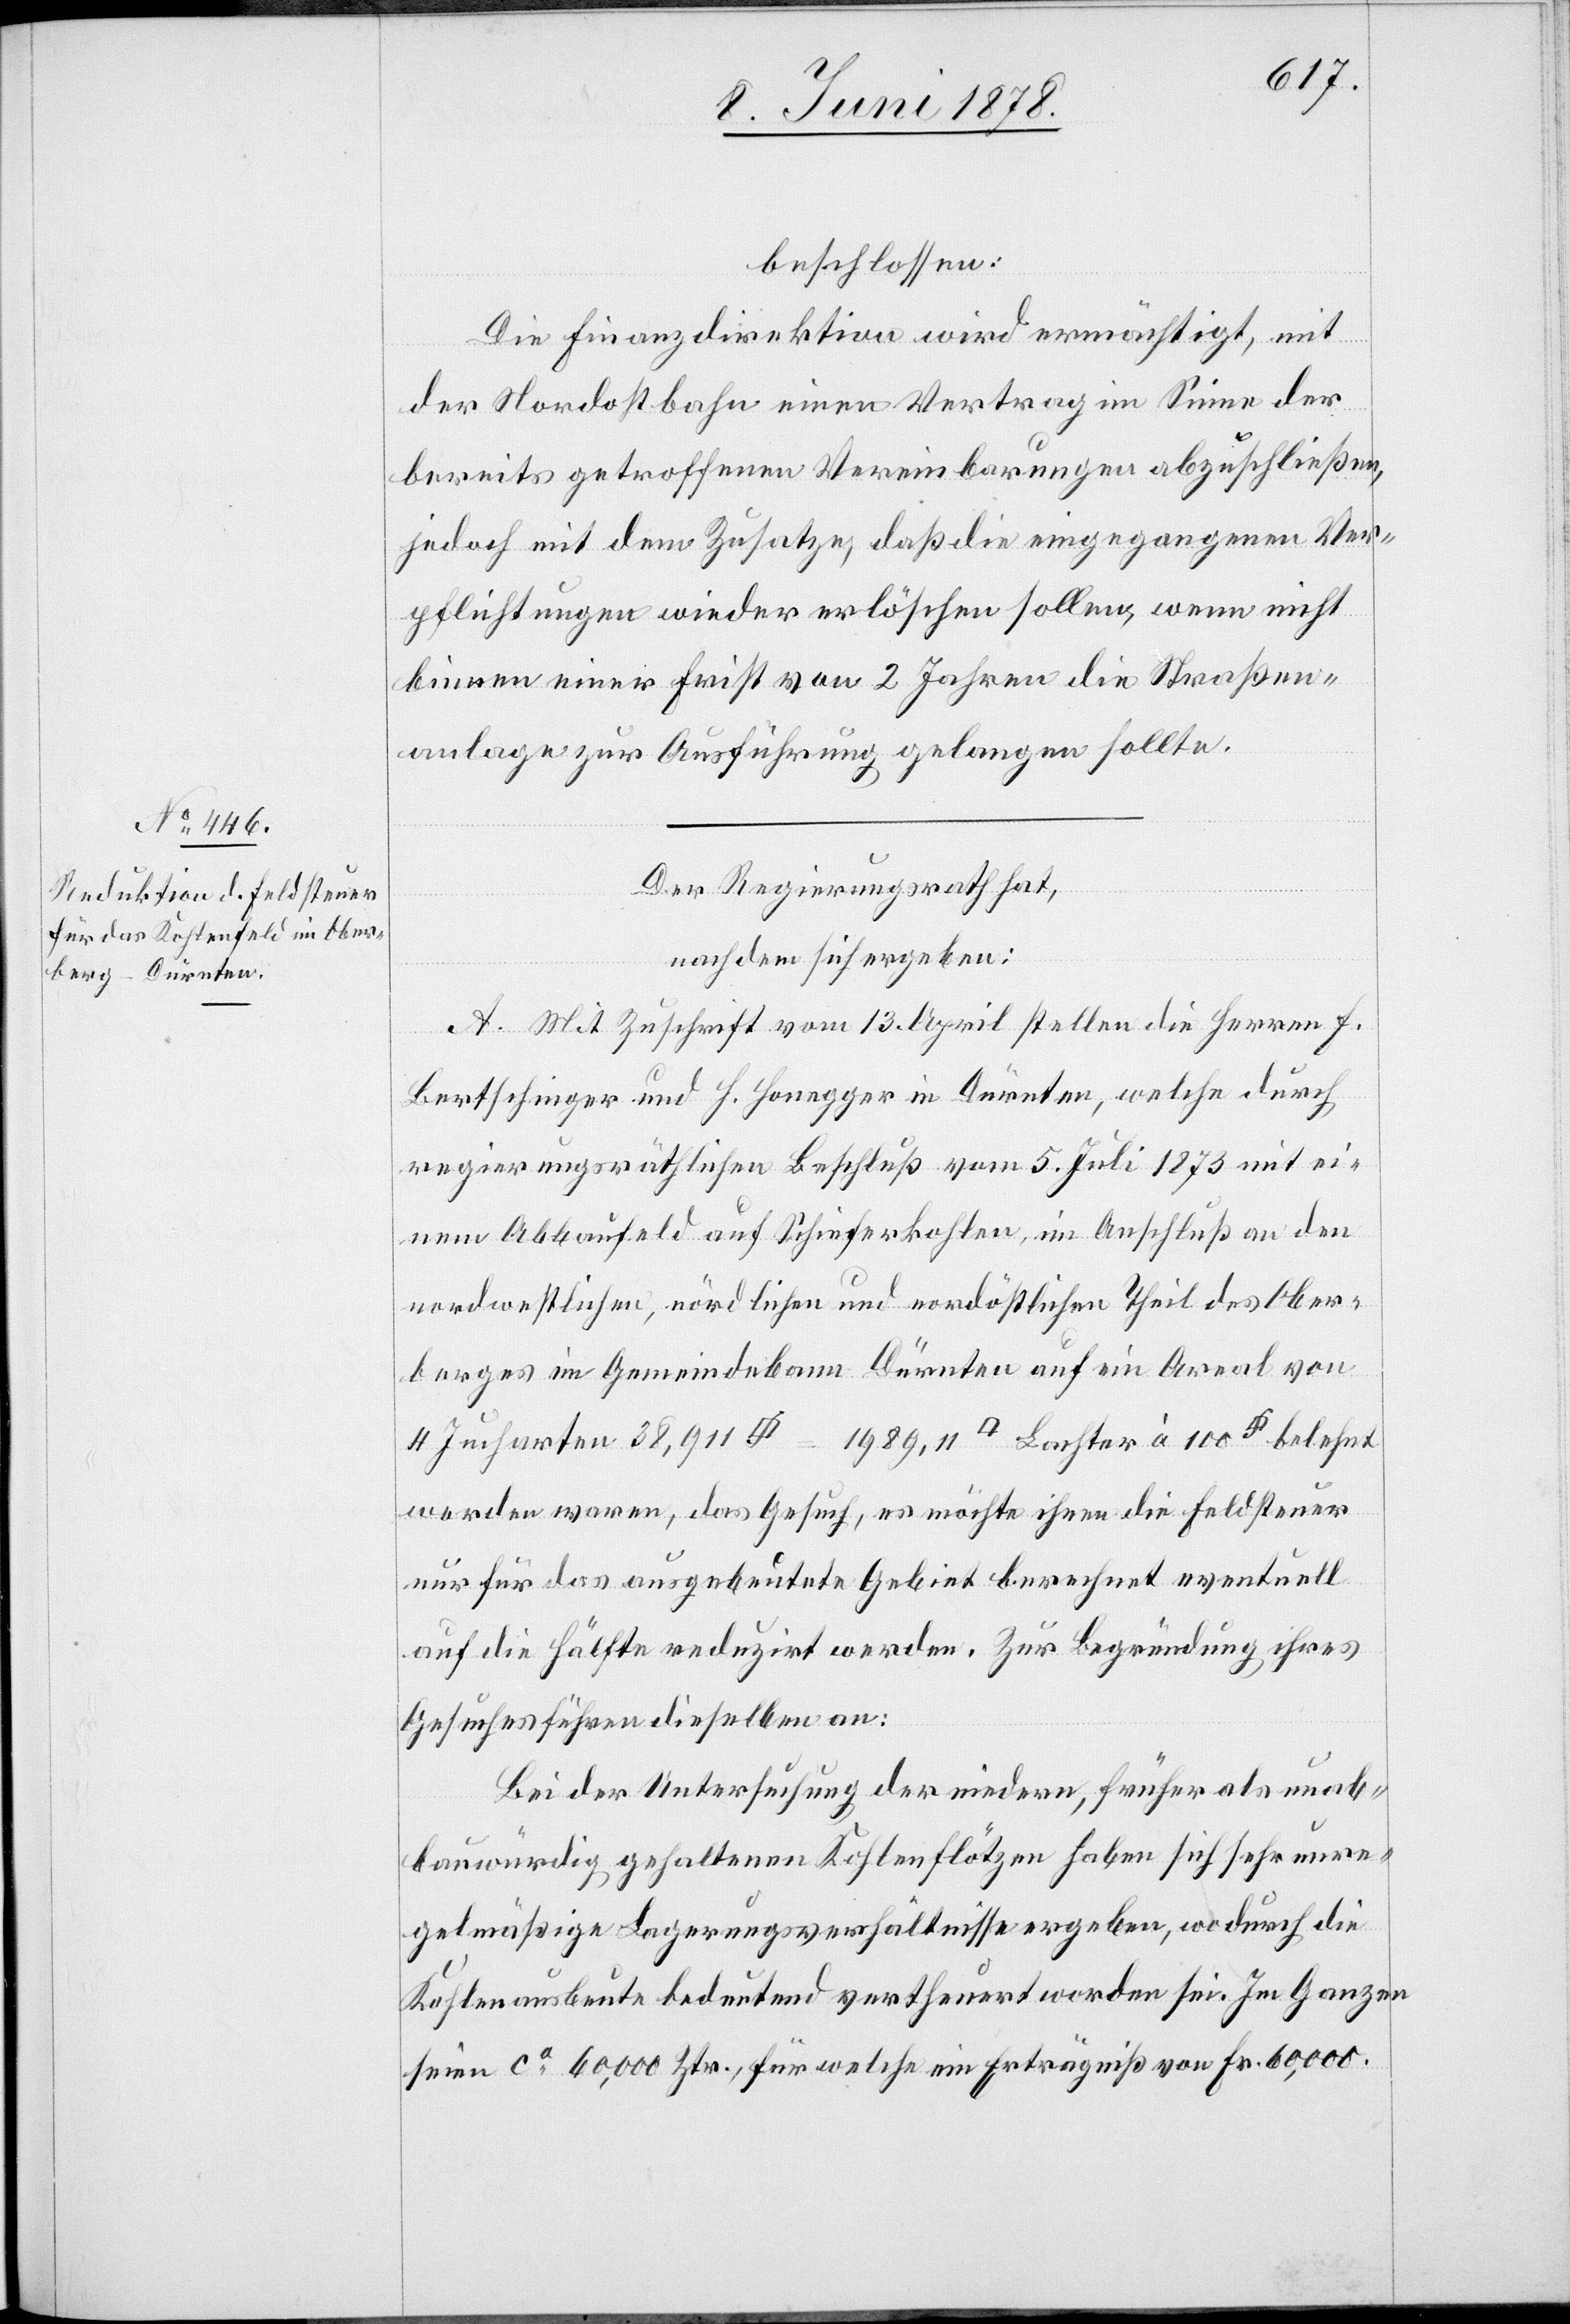
beschlossen:
Die Finanzdirektion wird ermächtigt, mit
der Nordostbahn einen Vertrag im Sinne der
bereits getroffenen Vereinbarungen abzuschließen,
jedoch mit dem Zusatze, daß die eingegangenen Ver¬
pflichtungen wieder erlöschen sollen, wenn nicht
binnen einer Frist von 2 Jahren die Straßen¬
anlage zur Ausführung gelangen sollte.
Der Regierungsrath hat,
nachdem sich ergeben:
A. Mit Zuschrift vom 13. April stellen die Herren F.
Bertschinger und H. Honegger in Dürnten, welche durch
regierungsräthlichen Beschluß vom 5. Juli 1873 mit ei¬
nem Abbaufeld auf Schieferkohlen im Anschluß an den
nordwestlichen, nördlichen und nordöstlichen Theil des Ober¬
berges im Gemeindebanne Dürnten auf ein Areal von
worden waren, das Gesuch, es möchte ihnen die Feldsteuer
nur für das ausgebeutete Gebiet berechnet eventuell
auf die Hälfte reduzirt werden. Zur Begründung ihres
Gesuches führen dieselben an:
Bei der Untersuchung der niedern, früher als unab¬
bauwürdig gehaltene Kohlenflötzen haben sich sehr unre¬
gelmäßige Lagerungsverhältnisse ergeben, wodurch die
Kohlenausbeute bedeutend vertheuert worden sei. Im Ganzen
seien ca 60,000 Ztr., für welche ein Erträgniß von Fr. 60,000.